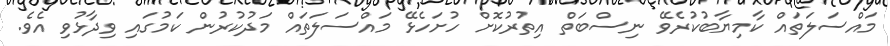
މައްސަލަތައް ކާމިޔާބުކުރެވޭ ނިސްބަތް އިތުރުކޮށް ހުށަހެޅޭ މައްސަލަތައް މަދުކުރުން ކަމުގައި ވިދާޅުވި އެވެ.